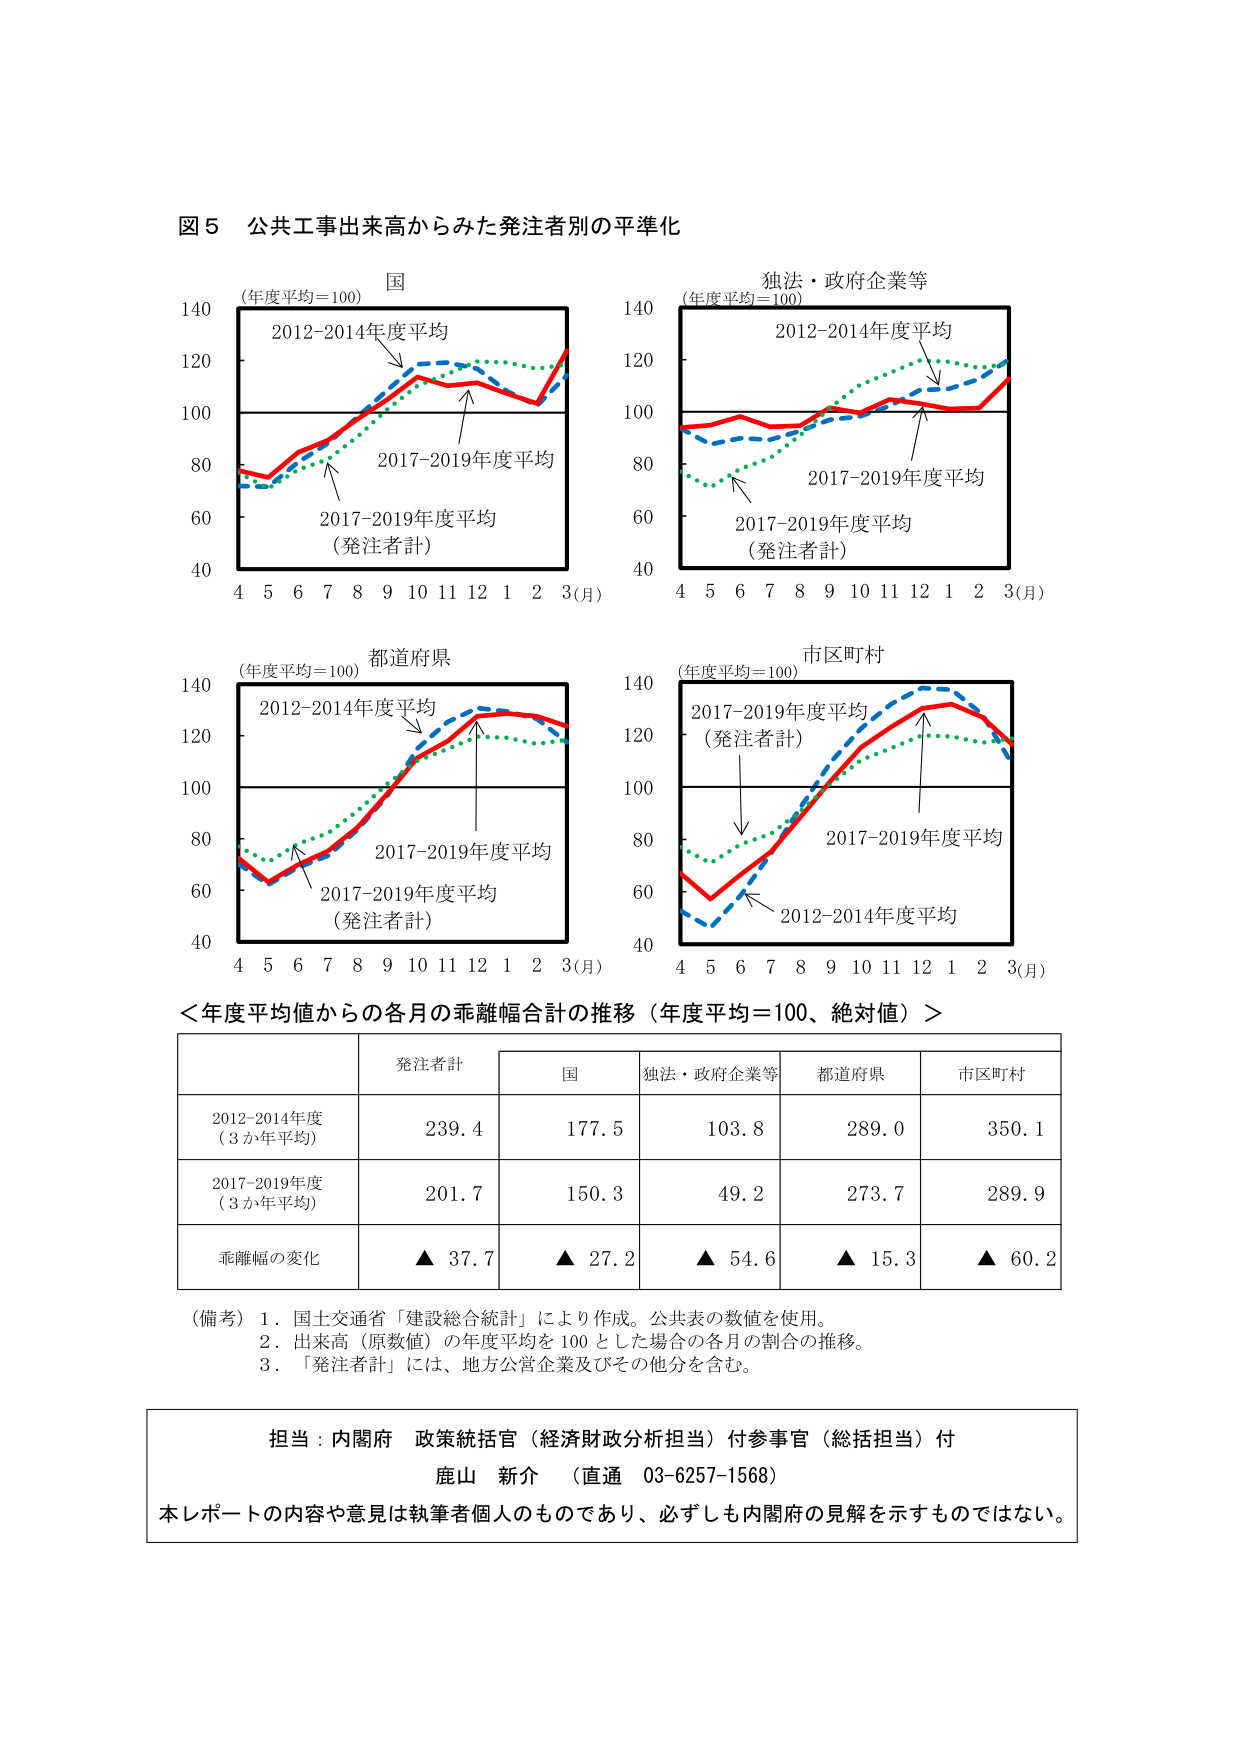
図５ 公共工事出来高からみた発注者別の平準化

国
（年度平均＝100）
2012-2014年度平均
2017-2019年度平均
（発注者計）
4 5 6 7 8 9 10 11 12 1 2 3（月）

独法・政府企業等
（年度平均＝100）
2012-2014年度平均
2017-2019年度平均
（発注者計）
4 5 6 7 8 9 10 11 12 1 2 3（月）

都道府県
（年度平均＝100）
2012-2014年度平均
2017-2019年度平均
（発注者計）
4 5 6 7 8 9 10 11 12 1 2 3（月）

市区町村
（年度平均＝100）
2017-2019年度平均
（発注者計）
2017-2019年度平均
2012-2014年度平均
4 5 6 7 8 9 10 11 12 1 2 3（月）

＜年度平均値からの各月の乖離幅合計の推移（年度平均＝100、絶対値）＞

発注者計　国　独法・政府企業等　都道府県　市区町村
2012-2014年度（3か年平均）　239.4　177.5　103.8　289.0　350.1
2017-2019年度（3か年平均）　201.7　150.3　49.2　273.7　289.9
乖離幅の変化　▲ 37.7　▲ 27.2　▲ 54.6　▲ 15.3　▲ 60.2

（備考）１．国土交通省「建設総合統計」により作成。公共表の数値を使用。
　　　　２．出来高（原数値）の年度平均を100とした場合の各月の割合の推移。
　　　　３．「発注者計」には、地方公営企業及びその他分を含む。

担当：内閣府 政策統括官（経済財政分析担当）付参事官（総括担当）付
　　　鹿山 新介 （直通 03-6257-1568）
本レポートの内容や意見は執筆者個人のものであり、必ずしも内閣府の見解を示すものではない。